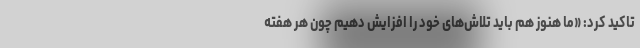
تاکید کرد: «ما هنوز هم باید تلاش‌های خود را افزایش دهیم چون هر هفته